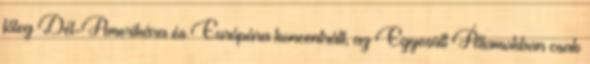
főleg Dél-Amerikára és Európára koncentrált, az Egyesült Államokban csak